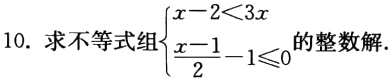
10. 求不等式组\(\begin{cases}x - 2 < 3x \\ \frac{x - 1}{2} - 1 \leq 0\end{cases}\)的整数解.